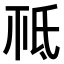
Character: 𣱊